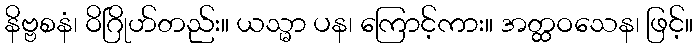
နိဗ္ဗစနံ၊ ဝိဂြိုဟ်တည်း။ ယသ္မာ ပန၊ ကြောင့်ကား။ အတ္ထဝသေန၊ ဖြင့်။